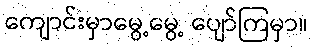
ကျောင်းမှာမွေ့မွေ့ ပျော်ကြမှာ။